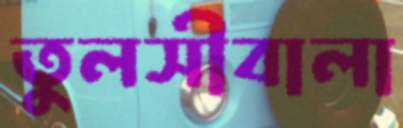
তুলসীবালা